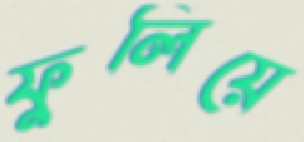
ফুলিয়ে